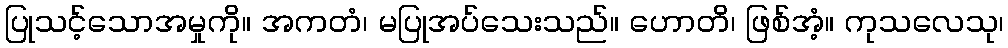
ပြုသင့်သောအမှုကို။ အကတံ၊ မပြုအပ်သေးသည်။ ဟောတိ၊ ဖြစ်အံ့။ ကုသလေသု၊